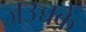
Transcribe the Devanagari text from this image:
जउच्चके